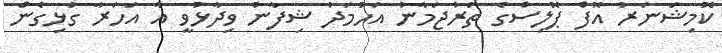
ކޮމިޝަނަރު އޮފް ޕޮލިސްގެ ތަރުޖަމާނު އަހުމަދު ޝިފާނު ވިދާޅުވީ އާ އަހަރާ ގުޅިގެން